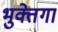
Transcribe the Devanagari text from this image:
भुक्तेगा